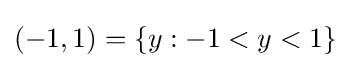
(-1,1)=\{y:-1<y<1\}